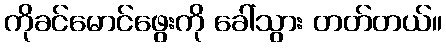
ကိုခင်မောင်ဖွေးကို ခေါ်သွား တတ်တယ်။